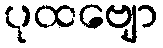
ပုထဗျော